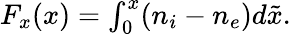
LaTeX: \begin{array}{r}{F_{x}(x)=\int_{0}^{x}(n_{i}-n_{e})d\tilde{x}.}\end{array}